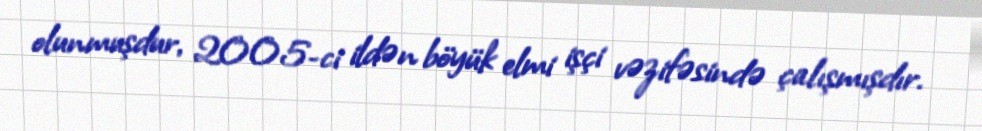
olunmuşdur, 2005-ci ildən böyük elmi işçi vəzifəsində çalışmışdır.